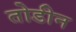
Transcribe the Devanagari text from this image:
तोडीन